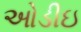
ઓડીઇ